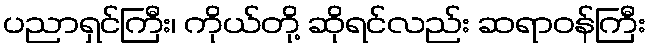
ပညာရှင်ကြီး၊ ကိုယ်တို့ ဆိုရင်လည်း ဆရာဝန်ကြီး